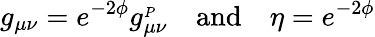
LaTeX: g_{\mu\nu}=e^{-2\phi}g_{\mu\nu}^{_P}\ \ \ \ \mathrm{and}\ \ \ \ \eta=e^{-2\phi}